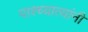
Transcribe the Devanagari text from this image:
पाश्च्यात्यांनी